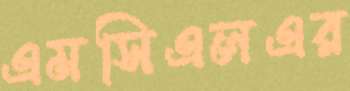
এমসিএলএর